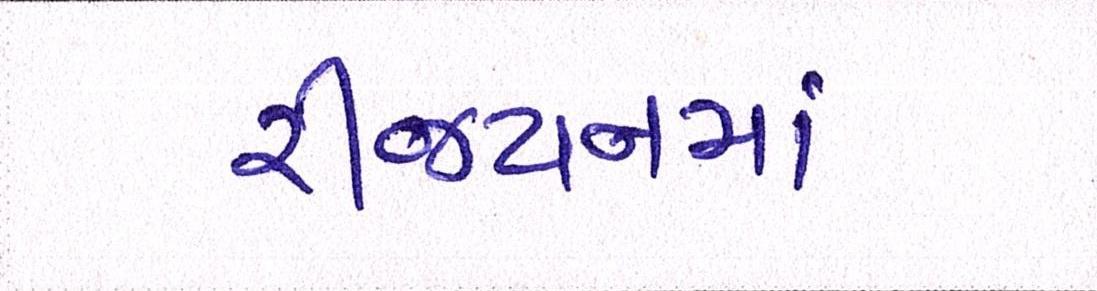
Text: રીજયનમાં